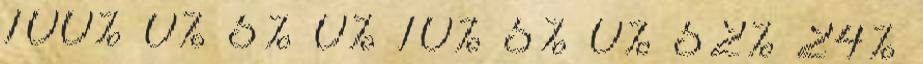
100% 0% 5% 0% 10% 5% 0% 52% 24%